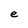
Character: e